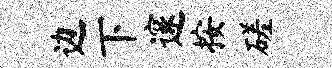
边下邃按磋